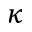
\kappa